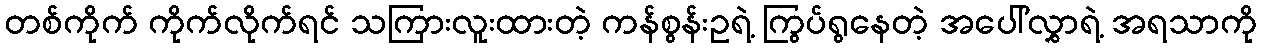
တစ်ကိုက် ကိုက်လိုက်ရင် သကြားလူးထားတဲ့ ကန်စွန်းဥရဲ့ ကြွပ်ရွနေတဲ့ အပေါ်လွှာရဲ့ အရသာကို